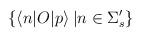
LaTeX: \begin{align*}\{ \langle n|O|p\rangle\: | n\in \Sigma_{s}^{\prime}\}\end{align*}